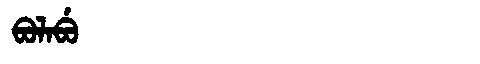
Manchu: ᠪᠣᠯᠠᠪᡠ
Romanization: BOLABU